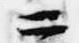
二